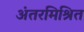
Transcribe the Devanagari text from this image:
अंतरमिश्रित